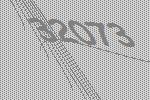
32073